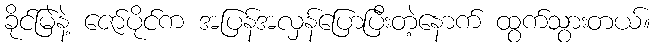
ခိုင်မြဲနဲ့ ဇော်ပိုင်က အပြန်အလှန်ပြောပြီးတဲ့နောက် ထွက်သွားတယ်။